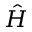
\hat { H }